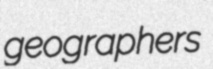
geographers